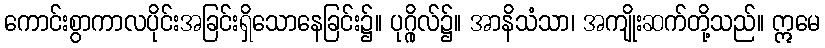
ကောင်းစွာကာလပိုင်းအခြင်းရှိသောနေခြင်း၌။ ပုဂ္ဂိုလ်၌။ အာနိသံသာ၊ အကျိုးဆက်တို့သည်။ ဣမေ